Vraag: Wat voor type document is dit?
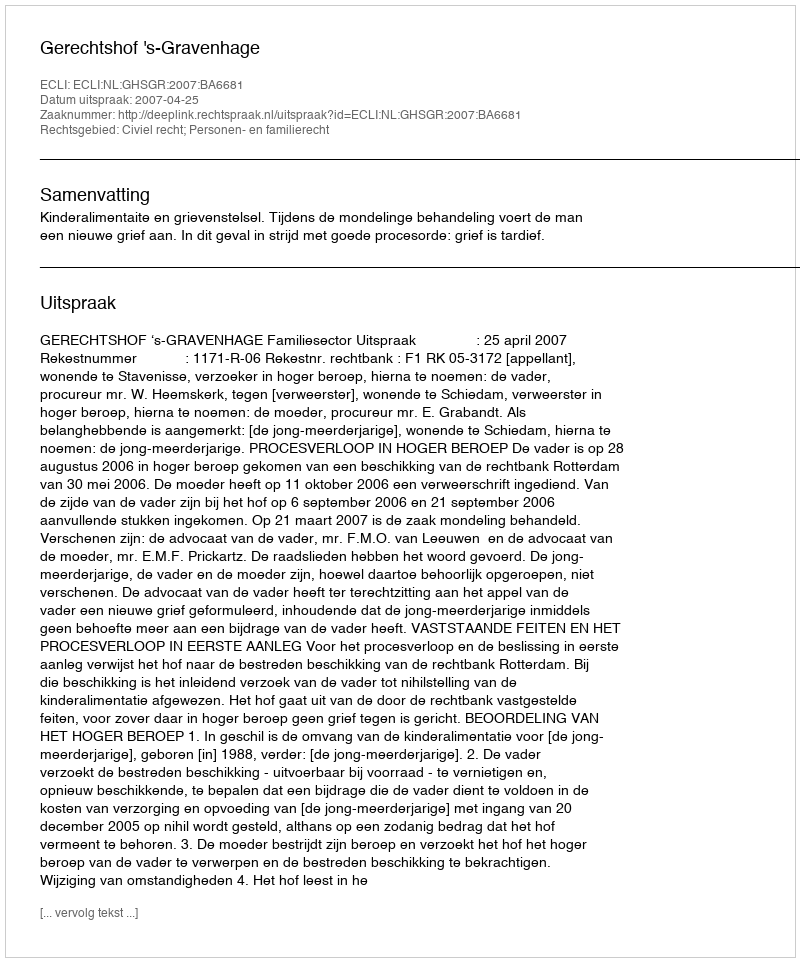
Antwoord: Uitspraak